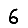
Digit: 6